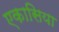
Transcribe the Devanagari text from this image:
एकासिया